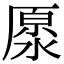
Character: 𠪥